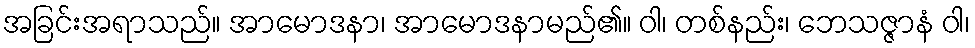
အခြင်းအရာသည်။ အာမောဒနာ၊ အာမောဒနာမည်၏။ ဝါ၊ တစ်နည်း၊ ဘေသဇ္ဇာနံ ဝါ၊